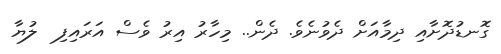
ގޮނޑުދޮށާއި ދިމާއަށް ދެވުނެވެ. ދެން.. މިހާރު އިރު ވެސް އަރައިފި  ލުޔާ